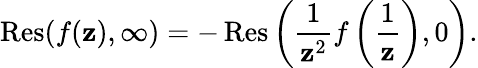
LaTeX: \operatorname{Res}(f(\mathbf{z}),\infty)=-\operatorname{Res}\left({\frac{{1}}{{\mathbf{z}^{2}}}}f\left({\frac{{1}}{{\mathbf{z}}}}\right),0\right).